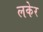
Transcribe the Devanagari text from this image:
लकेर